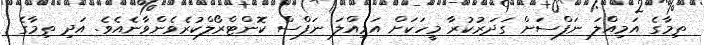
ތިމާގެ އަމިއްލަ ނަފްސަށް ގަދަރުކުރާ މީހަކަށް އަމިއްލަ ނަފްސް ކޮންޓްރޯލްކުރެވެންވާނެއެވެ. އަދި ތިމާގެ